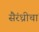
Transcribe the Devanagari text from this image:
सैरंध्रीचा